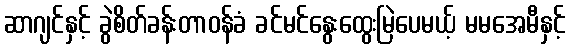
ဆာဂျင်နှင့် ခွဲစိတ်ခန်းတာဝန်ခံ ခင်မင်နွေးထွေးမြဲပေမယ့် မမအေမီနှင့်